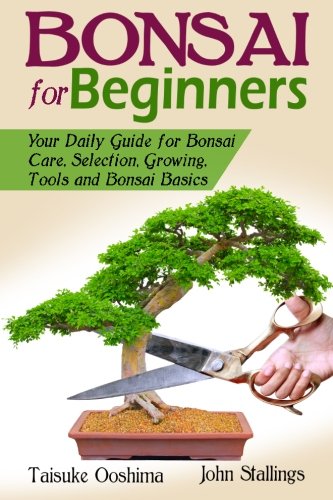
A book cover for Bonsai for Beginners Book: Your Daily Guide for Bonsai Tree Care, Selection, Growing, Tools and Fundamental Bonsai Basics; Taisuke Ooshima; Crafts, Hobbies & Home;